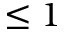
\le 1